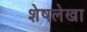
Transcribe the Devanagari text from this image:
शेषलेखा